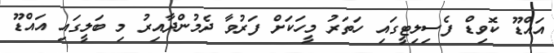
އައްޑޫ ކޮވިޑް ފެސިލިޓީގައި ހަތަރު މީހަކަށް ފަރުވާ ދެމުންދާއިރު މި ބަލީގައި އައްޑޫ